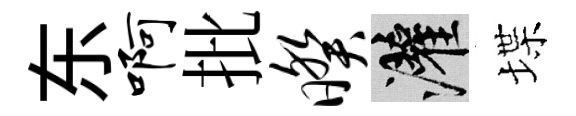
东啊批暌灌堞